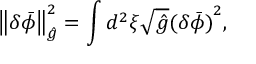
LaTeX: \left\| \delta { \bar { \phi } } \right\| _ { \hat { g } } ^ { 2 } = \int { d ^ { 2 } } \xi \sqrt { \hat { g } } { { ( \delta { \bar { \phi } } ) } ^ { 2 } } ,